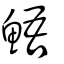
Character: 鯃